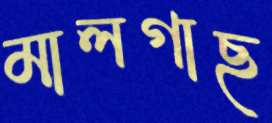
মালগাছ